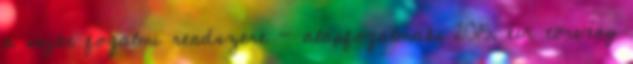
a saját fogalmi rendszere - alapfogalmak, 2015. évi törvény